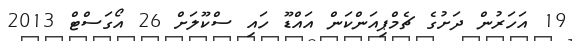
19 އަހަރުން ދަށުގެ ޗެމްޕިއަންކަން އައްޑޫ ހައި ސްކޫލަށް 26 އޯގަސްޓް 2013